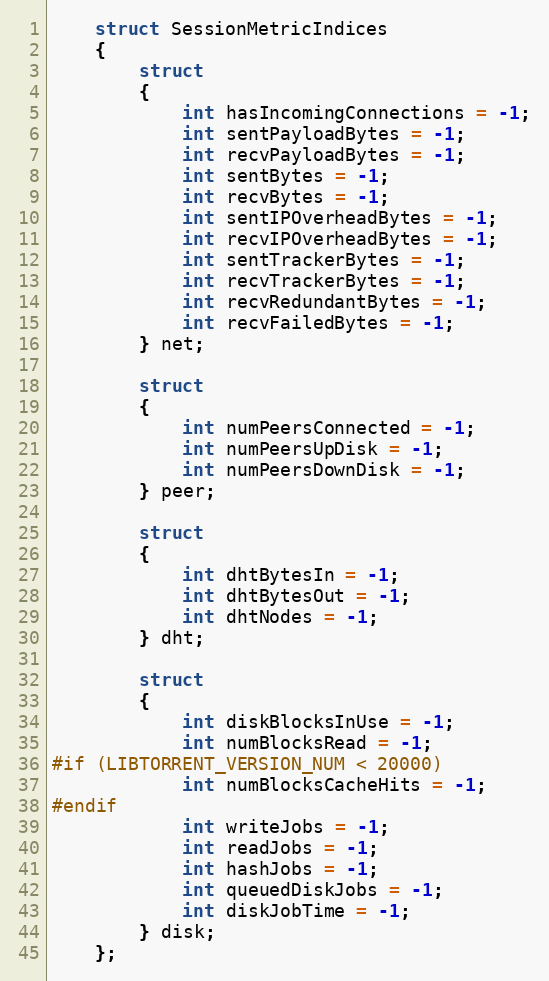
Language: C
    struct SessionMetricIndices
    {
        struct
        {
            int hasIncomingConnections = -1;
            int sentPayloadBytes = -1;
            int recvPayloadBytes = -1;
            int sentBytes = -1;
            int recvBytes = -1;
            int sentIPOverheadBytes = -1;
            int recvIPOverheadBytes = -1;
            int sentTrackerBytes = -1;
            int recvTrackerBytes = -1;
            int recvRedundantBytes = -1;
            int recvFailedBytes = -1;
        } net;

        struct
        {
            int numPeersConnected = -1;
            int numPeersUpDisk = -1;
            int numPeersDownDisk = -1;
        } peer;

        struct
        {
            int dhtBytesIn = -1;
            int dhtBytesOut = -1;
            int dhtNodes = -1;
        } dht;

        struct
        {
            int diskBlocksInUse = -1;
            int numBlocksRead = -1;
#if (LIBTORRENT_VERSION_NUM < 20000)
            int numBlocksCacheHits = -1;
#endif
            int writeJobs = -1;
            int readJobs = -1;
            int hashJobs = -1;
            int queuedDiskJobs = -1;
            int diskJobTime = -1;
        } disk;
    };